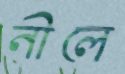
নীলে